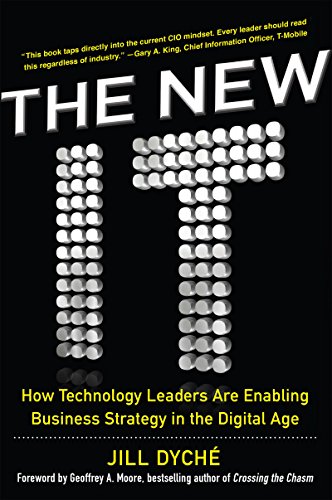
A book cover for The New IT: How Technology Leaders are Enabling Business Strategy in the Digital Age; Jill Dyche; Computers & Technology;